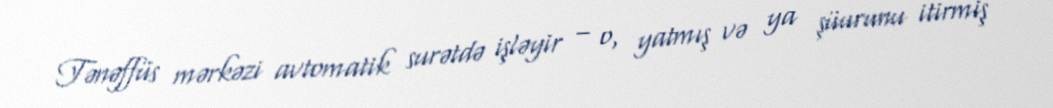
Tənəffüs mərkəzi avtomatik surətdə işləyir – o, yatmış və ya şüurunu itirmiş